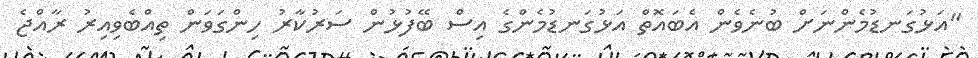
"އަޅުގަނޑުމެންނަށް ބުނެވެން އެބައޮތް އަޅުގަނޑުމެންގެ އިސް ބޭފުޅުން ސަރުކާރު ހިންގަވަން ތިއްބެވިއިރު ރާއްޖެ